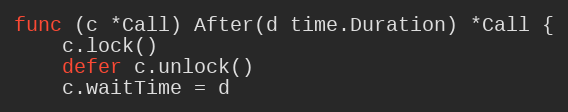
Language: Go
func (c *Call) After(d time.Duration) *Call {
	c.lock()
	defer c.unlock()
	c.waitTime = d